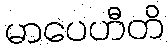
မာပေဟီတိ